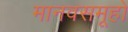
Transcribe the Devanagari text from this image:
मानवसमूहों